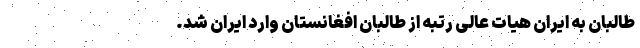
طالبان به ایران هیات عالی رتبه از طالبان افغانستان وارد ایران شد.